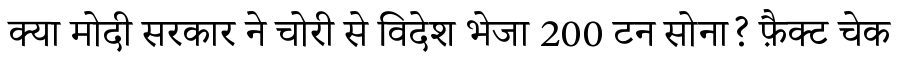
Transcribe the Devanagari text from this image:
क्या मोदी सरकार ने चोरी से विदेश भेजा 200 टन सोना? फ़ैक्ट चेक